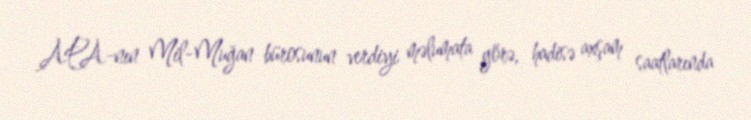
APA-nın Mil-Muğan bürosunun verdiyi məlumata görə, hadisə axşam saatlarında